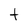
Character: t